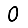
Digit: 0